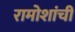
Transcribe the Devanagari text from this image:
रामोशांची